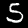
Digit: 5